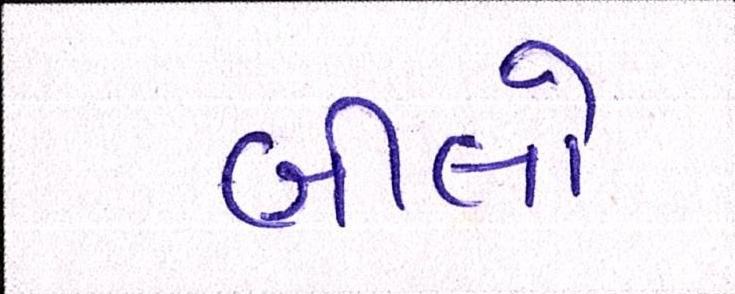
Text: બીલો